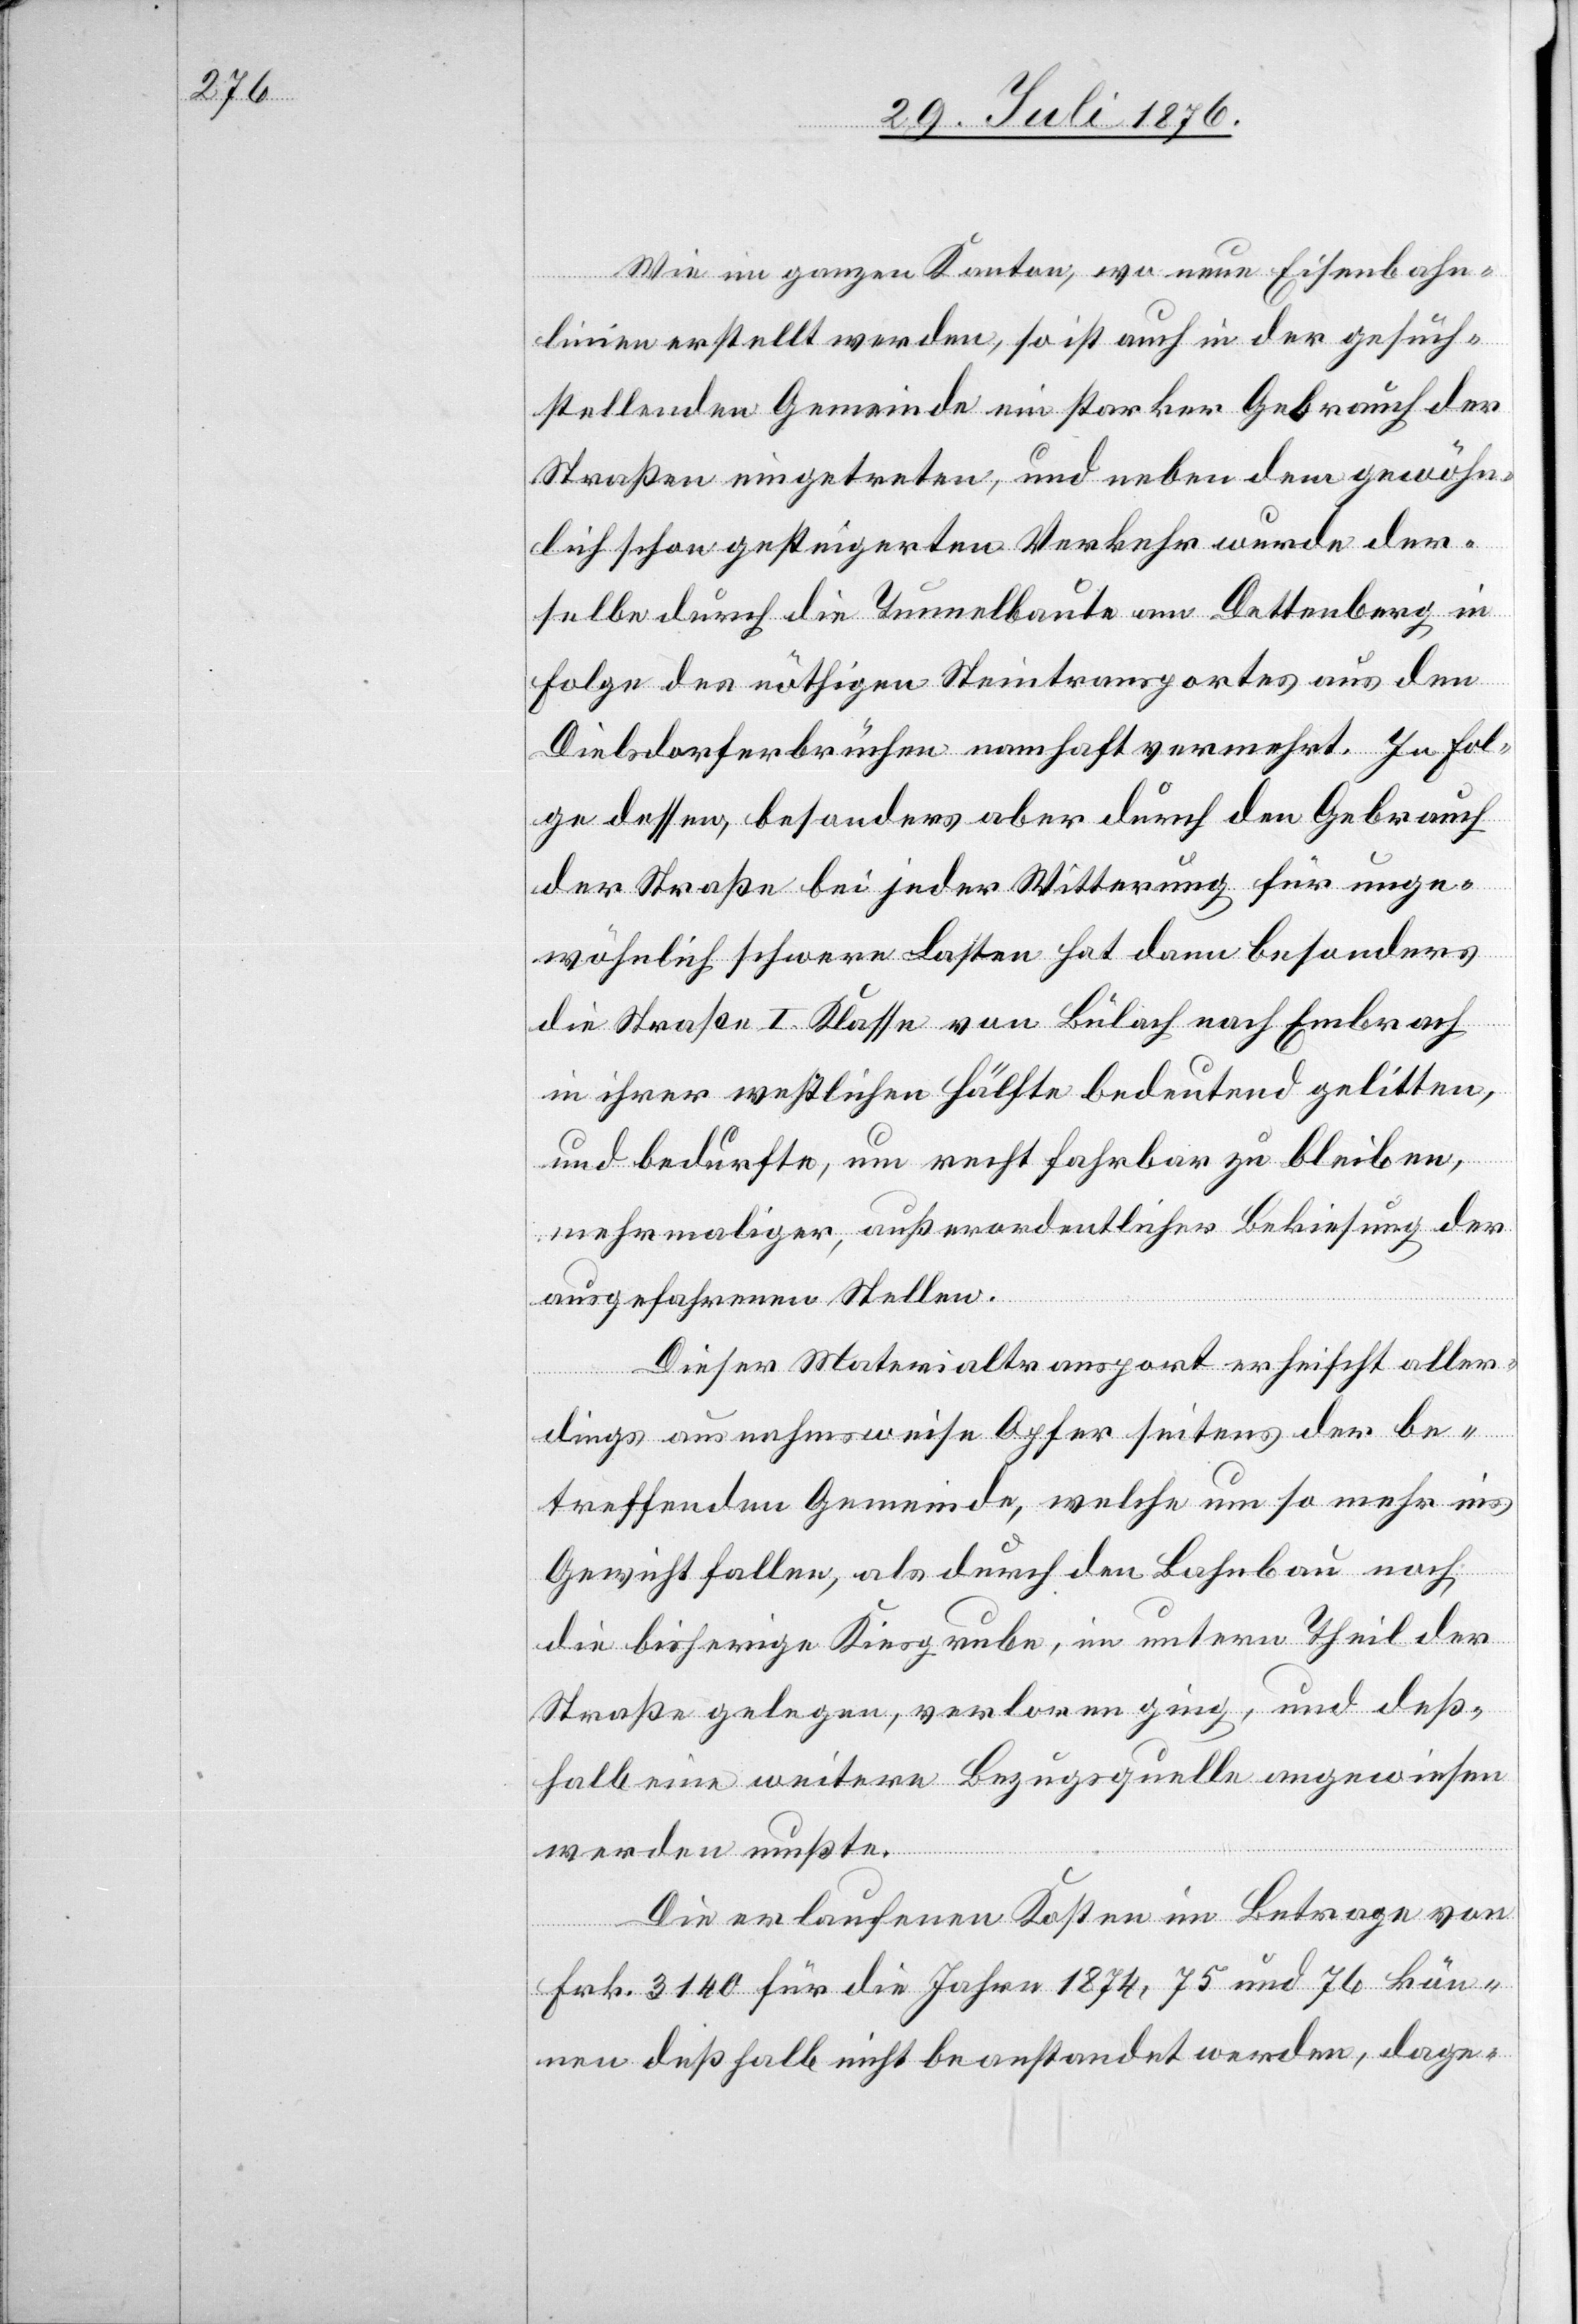
Wie im ganzen Kanton, wo neue Eisenbahn¬
linien erstellt werden, so ist auch in der gesuch¬
stellenden Gemeinde ein starker Gebrauch der
Straßen eingetreten, und neben dem gewöhn¬
Folge des nöthigen Steintransportes aus den
Dielsdorferbrüchen namhaft verengt. In Fol¬
ge dessen, besonders aber durch den Gebrauch
der Straße bei jeder Witterung für unge¬
wöhnlich schwere Lasen hat dann besonders
die Straße I. Klasse von Bülach nach Embrach
in ihrer westlichen Hälfte bedeutend gelitten
und bedurfte, um recht fahrbar zu bleiben,
mehrmaliger, außerordentlicher Bekiesung der
ausgefahrenen Stellen.
Dieser Materialtransport erheischt aller¬
lich
dings ausnahmsweise Opfer seitens der be¬
treffenden Gemeinde, welche um so mehr ins
Gewicht fallen, als durch den Bahnbau noch
die bisherige Kiesgrube, im untern Theil der
Straße gelegen, verloren ging, und deß¬
halb eine weitere Bezugsquelle angewiesen
werden mußte.
Die erlaufenen Kosten im Betrage von
in
Frk. 3140 für die Jahre 1874, 75 und 76 kön¬
nen deßhalb nicht beanstandet werden, dage-